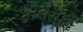
ફીલસૂફી